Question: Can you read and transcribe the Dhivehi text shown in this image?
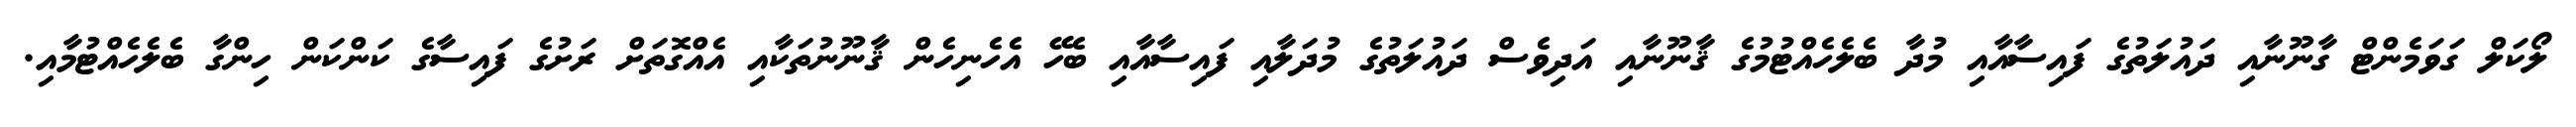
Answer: ލޯކަލް ގަވަމެންޓް ގާނޫނާއި ދައުލަތުގެ ފައިސާއާއި މުދާ ބެލެހެއްޓުމުގެ ޤާނޫނާއި އަދިވެސް ދައުލަތުގެ މުދަލާއި ފައިސާއާއި ބެހޭ އެހެނިހެން ޤާނޫނުތަކާއި އެއްގޮތަށް ރަށުގެ ފައިސާގެ ކަންކަން ހިންގާ ބެލެހެއްޓުމާއި.